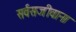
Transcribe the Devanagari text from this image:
सर्वसजीवाना